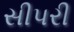
સીપરી